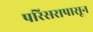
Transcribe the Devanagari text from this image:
परिसरापासून